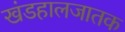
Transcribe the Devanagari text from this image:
खंडहालजातक